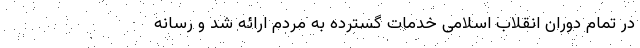
در تمام دوران انقلاب اسلامی خدمات گسترده به مردم ارائه شد و رسانه